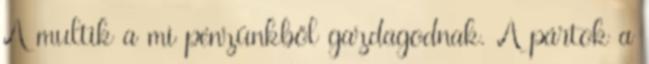
A multik a mi pénzünkből gazdagodnak. A pártok a